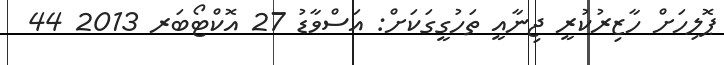
ޕޮލިހަށް ހާޒިރުކުރީ ޖިނާއީ ތަހުގީގަކަށް: އަސްވާޑު 27 އޮކްޓޯބަރ 2013 44